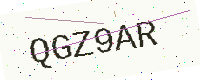
Text: QGZ9AR